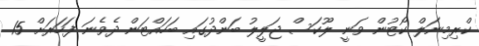
ކްރިމިނަލް ކޯޓުން ވަނީ ލޫކަސް ޖަލީލު ބަންދުގައި ބަހައްޓަން ދެވެނަ ފަހަރަށް 15